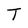
Character: T